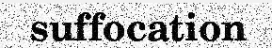
suffocation